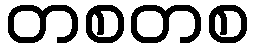
တစတစ